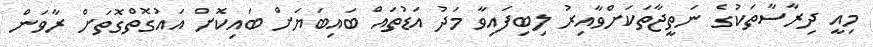
މިއީ ދިރާސާތަކުގެ ނަތީޖާތަކަށްވާއިރު ލިބިފައިވާ މަދު އަޑުތައް ބައިބަޔަށް ބައިކޮށް އައުގޮތްގޮތަށް ރާވަން